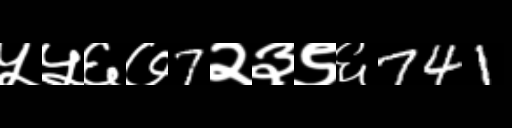
Text: ५५६७7२३९६741